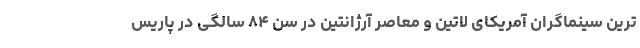
ترین سینماگران آمریکای لاتین و معاصر آرژانتین در سن ۸۴ سالگی در پاریس